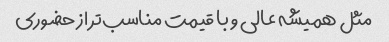
مثل همیشه عالی و با قیمت مناسب‌تر از حضوری